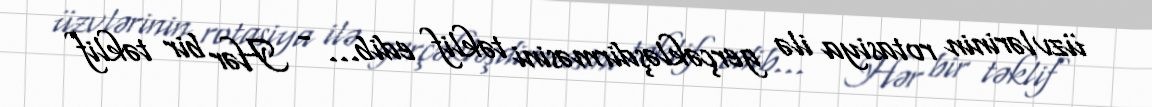
üzvlərinin rotasiya ilə gerçəkləşdirməsini təklif edib... - Hər bir təklif